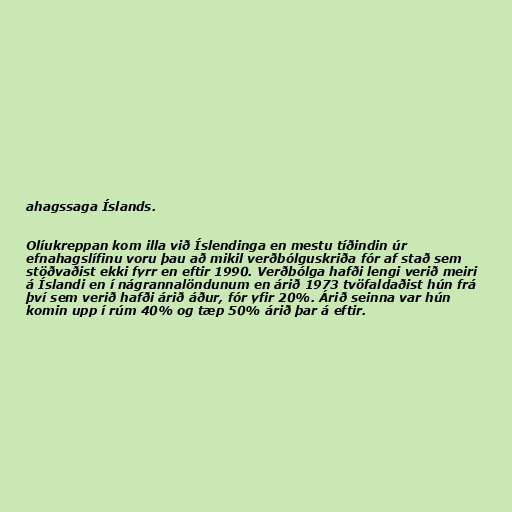
ahagssaga Íslands.

Olíukreppan kom illa við Íslendinga en mestu tíðindin úr
efnahagslífinu voru þau að mikil verðbólguskriða fór af stað sem
stöðvaðist ekki fyrr en eftir 1990. Verðbólga hafði lengi verið meiri
á Íslandi en í nágrannalöndunum en árið 1973 tvöfaldaðist hún frá
því sem verið hafði árið áður, fór yfir 20%. Árið seinna var hún
komin upp í rúm 40% og tæp 50% árið þar á eftir.